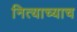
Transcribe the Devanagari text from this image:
नित्याच्याच